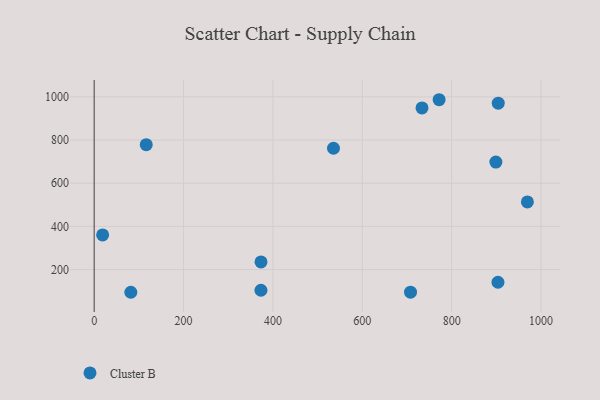
{"axis": {"x": "Engine Size", "y": "Sales"}, "legend": ["Cluster B"], "data": [{"x": "707.9", "y": 95.2, "type": "Cluster B"}, {"x": "373.2", "y": 104.2, "type": "Cluster B"}, {"x": "535.5", "y": 761.9, "type": "Cluster B"}, {"x": "969.4", "y": 513.1, "type": "Cluster B"}, {"x": "898.9", "y": 697.9, "type": "Cluster B"}, {"x": "771.9", "y": 986.7, "type": "Cluster B"}, {"x": "82.0", "y": 94.8, "type": "Cluster B"}, {"x": "373.3", "y": 235.5, "type": "Cluster B"}, {"x": "733.6", "y": 948.5, "type": "Cluster B"}, {"x": "903.6", "y": 141.2, "type": "Cluster B"}, {"x": "904.2", "y": 970.6, "type": "Cluster B"}, {"x": "18.9", "y": 360.4, "type": "Cluster B"}, {"x": "116.5", "y": 778.3, "type": "Cluster B"}]}